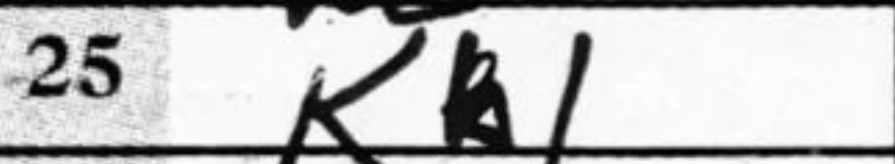
Transcription: Kb1